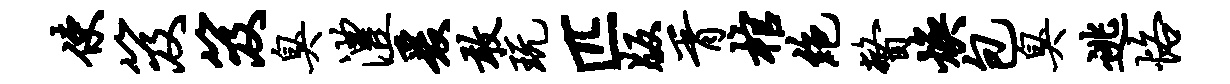
使笈笈臭澧爰敢玩匹版胥棺绝瞥焕包臭逃恪